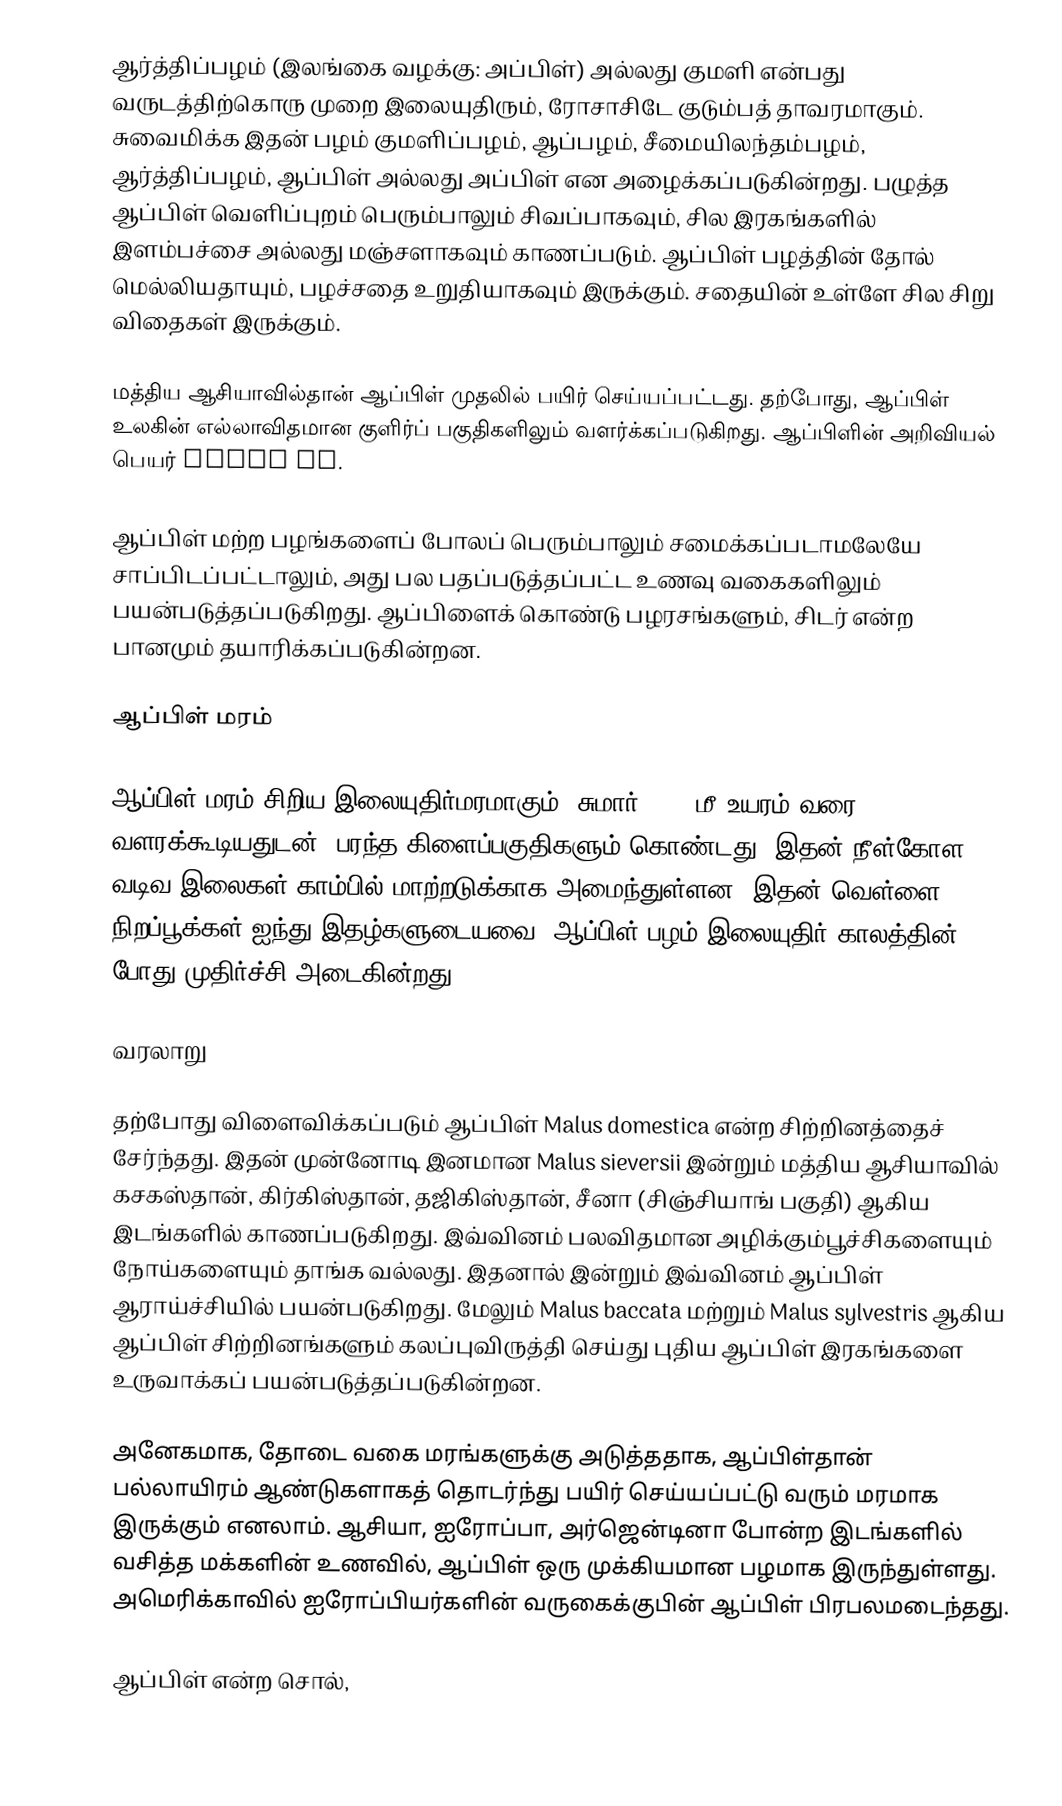
ஆர்த்திப்பழம் (இலங்கை வழக்கு: அப்பிள்) அல்லது குமளி என்பது வருடத்திற்கொரு முறை இலையுதிரும், ரோசாசிடே குடும்பத் தாவரமாகும். சுவைமிக்க இதன் பழம் குமளிப்பழம், ஆப்பழம், சீமையிலந்தம்பழம், ஆர்த்திப்பழம், ஆப்பிள் அல்லது அப்பிள் என அழைக்கப்படுகின்றது. பழுத்த ஆப்பிள் வெளிப்புறம் பெரும்பாலும் சிவப்பாகவும், சில இரகங்களில் இளம்பச்சை அல்லது மஞ்சளாகவும் காணப்படும். ஆப்பிள் பழத்தின் தோல் மெல்லியதாயும், பழச்சதை உறுதியாகவும் இருக்கும். சதையின் உள்ளே சில சிறு விதைகள் இருக்கும்.

மத்திய ஆசியாவில்தான் ஆப்பிள் முதலில் பயிர் செய்யப்பட்டது. தற்போது, ஆப்பிள் உலகின் எல்லாவிதமான குளிர்ப் பகுதிகளிலும் வளர்க்கப்படுகிறது. ஆப்பிளின் அறிவியல் பெயர் Malus sp.

ஆப்பிள் மற்ற பழங்களைப் போலப் பெரும்பாலும் சமைக்கப்படாமலேயே சாப்பிடப்பட்டாலும், அது பல பதப்படுத்தப்பட்ட உணவு வகைகளிலும் பயன்படுத்தப்படுகிறது. ஆப்பிளைக் கொண்டு பழரசங்களும், சிடர் என்ற பானமும் தயாரிக்கப்படுகின்றன.

ஆப்பிள் மரம்

ஆப்பிள் மரம் சிறிய இலையுதிர்மரமாகும். சுமார் 5–12 மீ உயரம் வரை வளரக்கூடியதுடன், பரந்த கிளைப்பகுதிகளும் கொண்டது. இதன் நீள்கோள வடிவ இலைகள் காம்பில் மாற்றடுக்காக அமைந்துள்ளன. இதன் வெள்ளை நிறப்பூக்கள் ஐந்து இதழ்களுடையவை. ஆப்பிள் பழம் இலையுதிர் காலத்தின் போது முதிர்ச்சி அடைகின்றது.

வரலாறு

தற்போது விளைவிக்கப்படும் ஆப்பிள் Malus domestica என்ற சிற்றினத்தைச் சேர்ந்தது. இதன் முன்னோடி இனமான Malus sieversii இன்றும் மத்திய ஆசியாவில் கசகஸ்தான், கிர்கிஸ்தான், தஜிகிஸ்தான், சீனா (சிஞ்சியாங் பகுதி) ஆகிய இடங்களில் காணப்படுகிறது. இவ்வினம் பலவிதமான அழிக்கும்பூச்சிகளையும் நோய்களையும் தாங்க வல்லது. இதனால் இன்றும் இவ்வினம் ஆப்பிள் ஆராய்ச்சியில் பயன்படுகிறது. மேலும் Malus baccata மற்றும் Malus sylvestris ஆகிய ஆப்பிள் சிற்றினங்களும் கலப்புவிருத்தி செய்து புதிய ஆப்பிள் இரகங்களை உருவாக்கப் பயன்படுத்தப்படுகின்றன.

அனேகமாக, தோடை வகை மரங்களுக்கு அடுத்ததாக, ஆப்பிள்தான் பல்லாயிரம் ஆண்டுகளாகத் தொடர்ந்து பயிர் செய்யப்பட்டு வரும் மரமாக இருக்கும் எனலாம். ஆசியா, ஐரோப்பா, அர்ஜென்டினா போன்ற இடங்களில் வசித்த மக்களின் உணவில், ஆப்பிள் ஒரு முக்கியமான பழமாக இருந்துள்ளது. அமெரிக்காவில் ஐரோப்பியர்களின் வருகைக்குபின் ஆப்பிள் பிரபலமடைந்தது.

ஆப்பிள் என்ற சொல்,